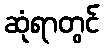
ဆုံရာတွင်